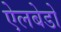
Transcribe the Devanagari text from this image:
ऐलबेडो